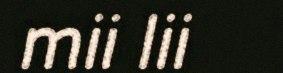
mii lii